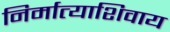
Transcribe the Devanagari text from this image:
निर्मात्याशिवाय